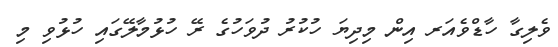
ވެލިގާ ހާޑްވެއަރ އިން މިދިޔަ ހުކުރު ދުވަހުގެ ރޭ ހުޅުމާލޭގައި ހުޅުވި މި